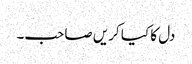
دل کا کیا کریں صاحب۔